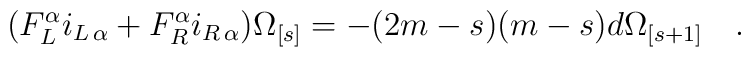
(F_L^\alpha i_{L\,\alpha} + F_R^\alpha i_{R\,\alpha} ) {\Omega}_{[s]}=-(2m-s)(m-s) d {\Omega}_{[s+1]}\quad.